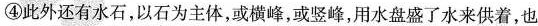
④此外还有水石，以石为主体，或横峰，或竖峰，用水盘盛了水来供着，也